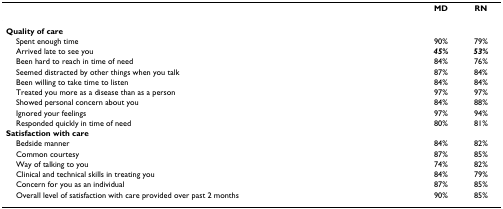
|  | MD | RN |
 | --- | --- | --- |
 | Quality of care |  |  |
 | Spent enough time | 90% | 79% |
 | Arrived late to see you | 45% | 53% |
 | Been hard to reach in time of need | 84% | 76% |
 | Seemed distracted by other things when you talk | 87% | 84% |
 | Been willing to take time to listen | 84% | 84% |
 | Treated you more as a disease than as a person | 97% | 97% |
 | Showed personal concern about you | 84% | 88% |
 | Ignored your feelings | 97% | 94% |
 | Responded quickly in time of need | 80% | 81% |
 | Satisfaction with care |  |  |
 | Bedside manner | 84% | 82% |
 | Common courtesy | 87% | 85% |
 | Way of talking to you | 74% | 82% |
 | Clinical and technical skills in treating you | 84% | 79% |
 | Concern for you as an individual | 87% | 85% |
 | Overall level of satisfaction with care provided over past 2 months | 90% | 85% |